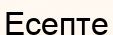
Есепте